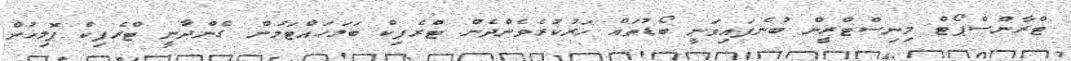
ޓްރާންސްޕޯޓް މިނިސްޓްރީން ބުނެފައިވަނީ ބޯޑުތައް ހަރުކުރެވެންދެން ޓްރެފިކް ބަލަހައްޓަމުން ގެންދާނީ ޓްރެފިކް ޕޮލިހުން